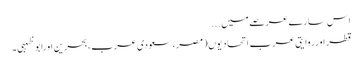
اس سارے عرصے میں ...
قطر اورروایتی عرب اتحادیوں (مصر، سعودی عرب، بحرین اورابو ظہبی۔